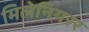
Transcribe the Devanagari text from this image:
मिलेनियरर